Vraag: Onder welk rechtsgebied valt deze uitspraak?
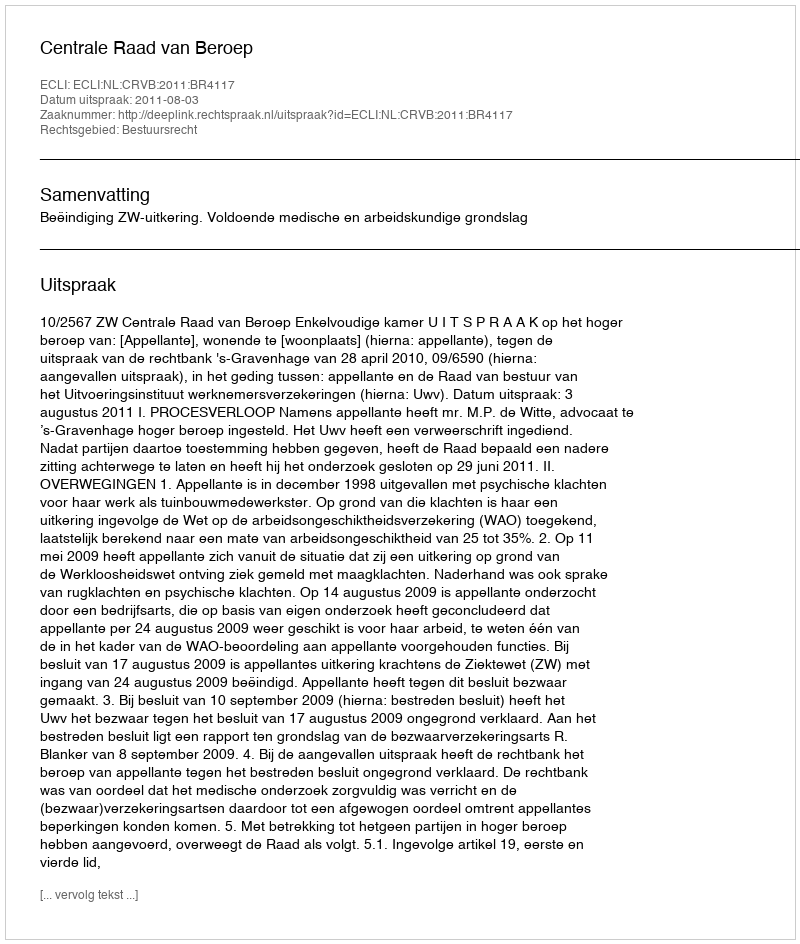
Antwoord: Bestuursrecht